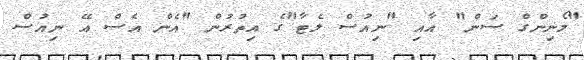
"މޯނިންގް ސަން" އާއި "ނިއުސް ލެޓާ"ގެ އިތުރުން "އެން އެސް އޭ ނިއުސް